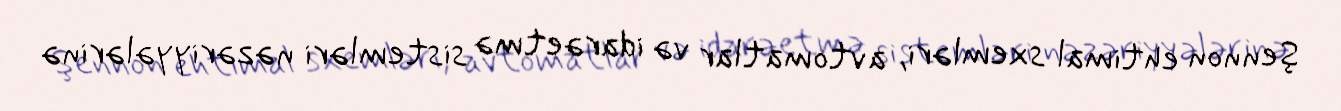
Şennon ehtimal sxemləri, avtomatlar və idarəetmə sistemləri nəzəriyyələrinə